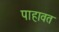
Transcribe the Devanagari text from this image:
पाहावत